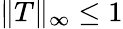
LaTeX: \begin{array}{r}{\| T\| _{\infty}\leq 1}\end{array}